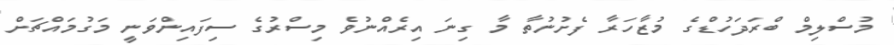
މުސްލިމް ބްރަދަހުޑްގެ މުޒާހަރާ ފެށުނުތާ މާ ގިނަ އިރެއްނުވެ މިސްރުގެ ސިފައިންވަނީ މަގުމައްޗަށް